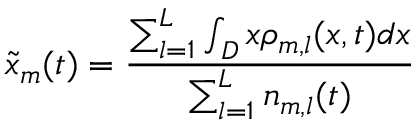
\tilde { x } _ { m } ( t ) = \frac { \sum _ { l = 1 } ^ { L } \int _ { D } x \rho _ { m , l } ( x , t ) d x } { \sum _ { l = 1 } ^ { L } n _ { m , l } ( t ) }